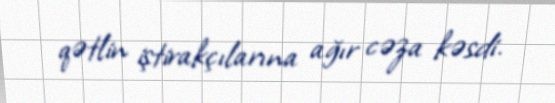
qətlin iştirakçılarına ağır cəza kəsdi.